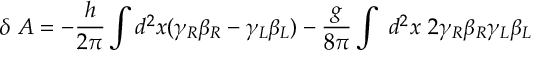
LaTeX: \delta ~ A = - { \frac { h } { 2 \pi } } \int d ^ { 2 } x ( \gamma _ { R } \beta _ { R } - \gamma _ { L } \beta _ { L } ) - { \frac { g } { 8 \pi } } \int ~ d ^ { 2 } x ~ 2 \gamma _ { R } \beta _ { R } \gamma _ { L } \beta _ { L }